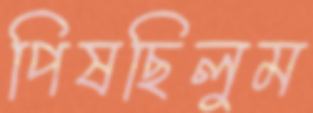
পিষছিলুম